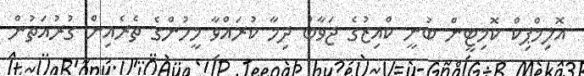
އޮލިމްޕިކް ކޮމިޓީން ބުނީ ކްއިޒުގެ ޖަވާބު ދިމާ ކުރައްވާ މީހުންގެ ތެރެއިން ގުރުއަތުން